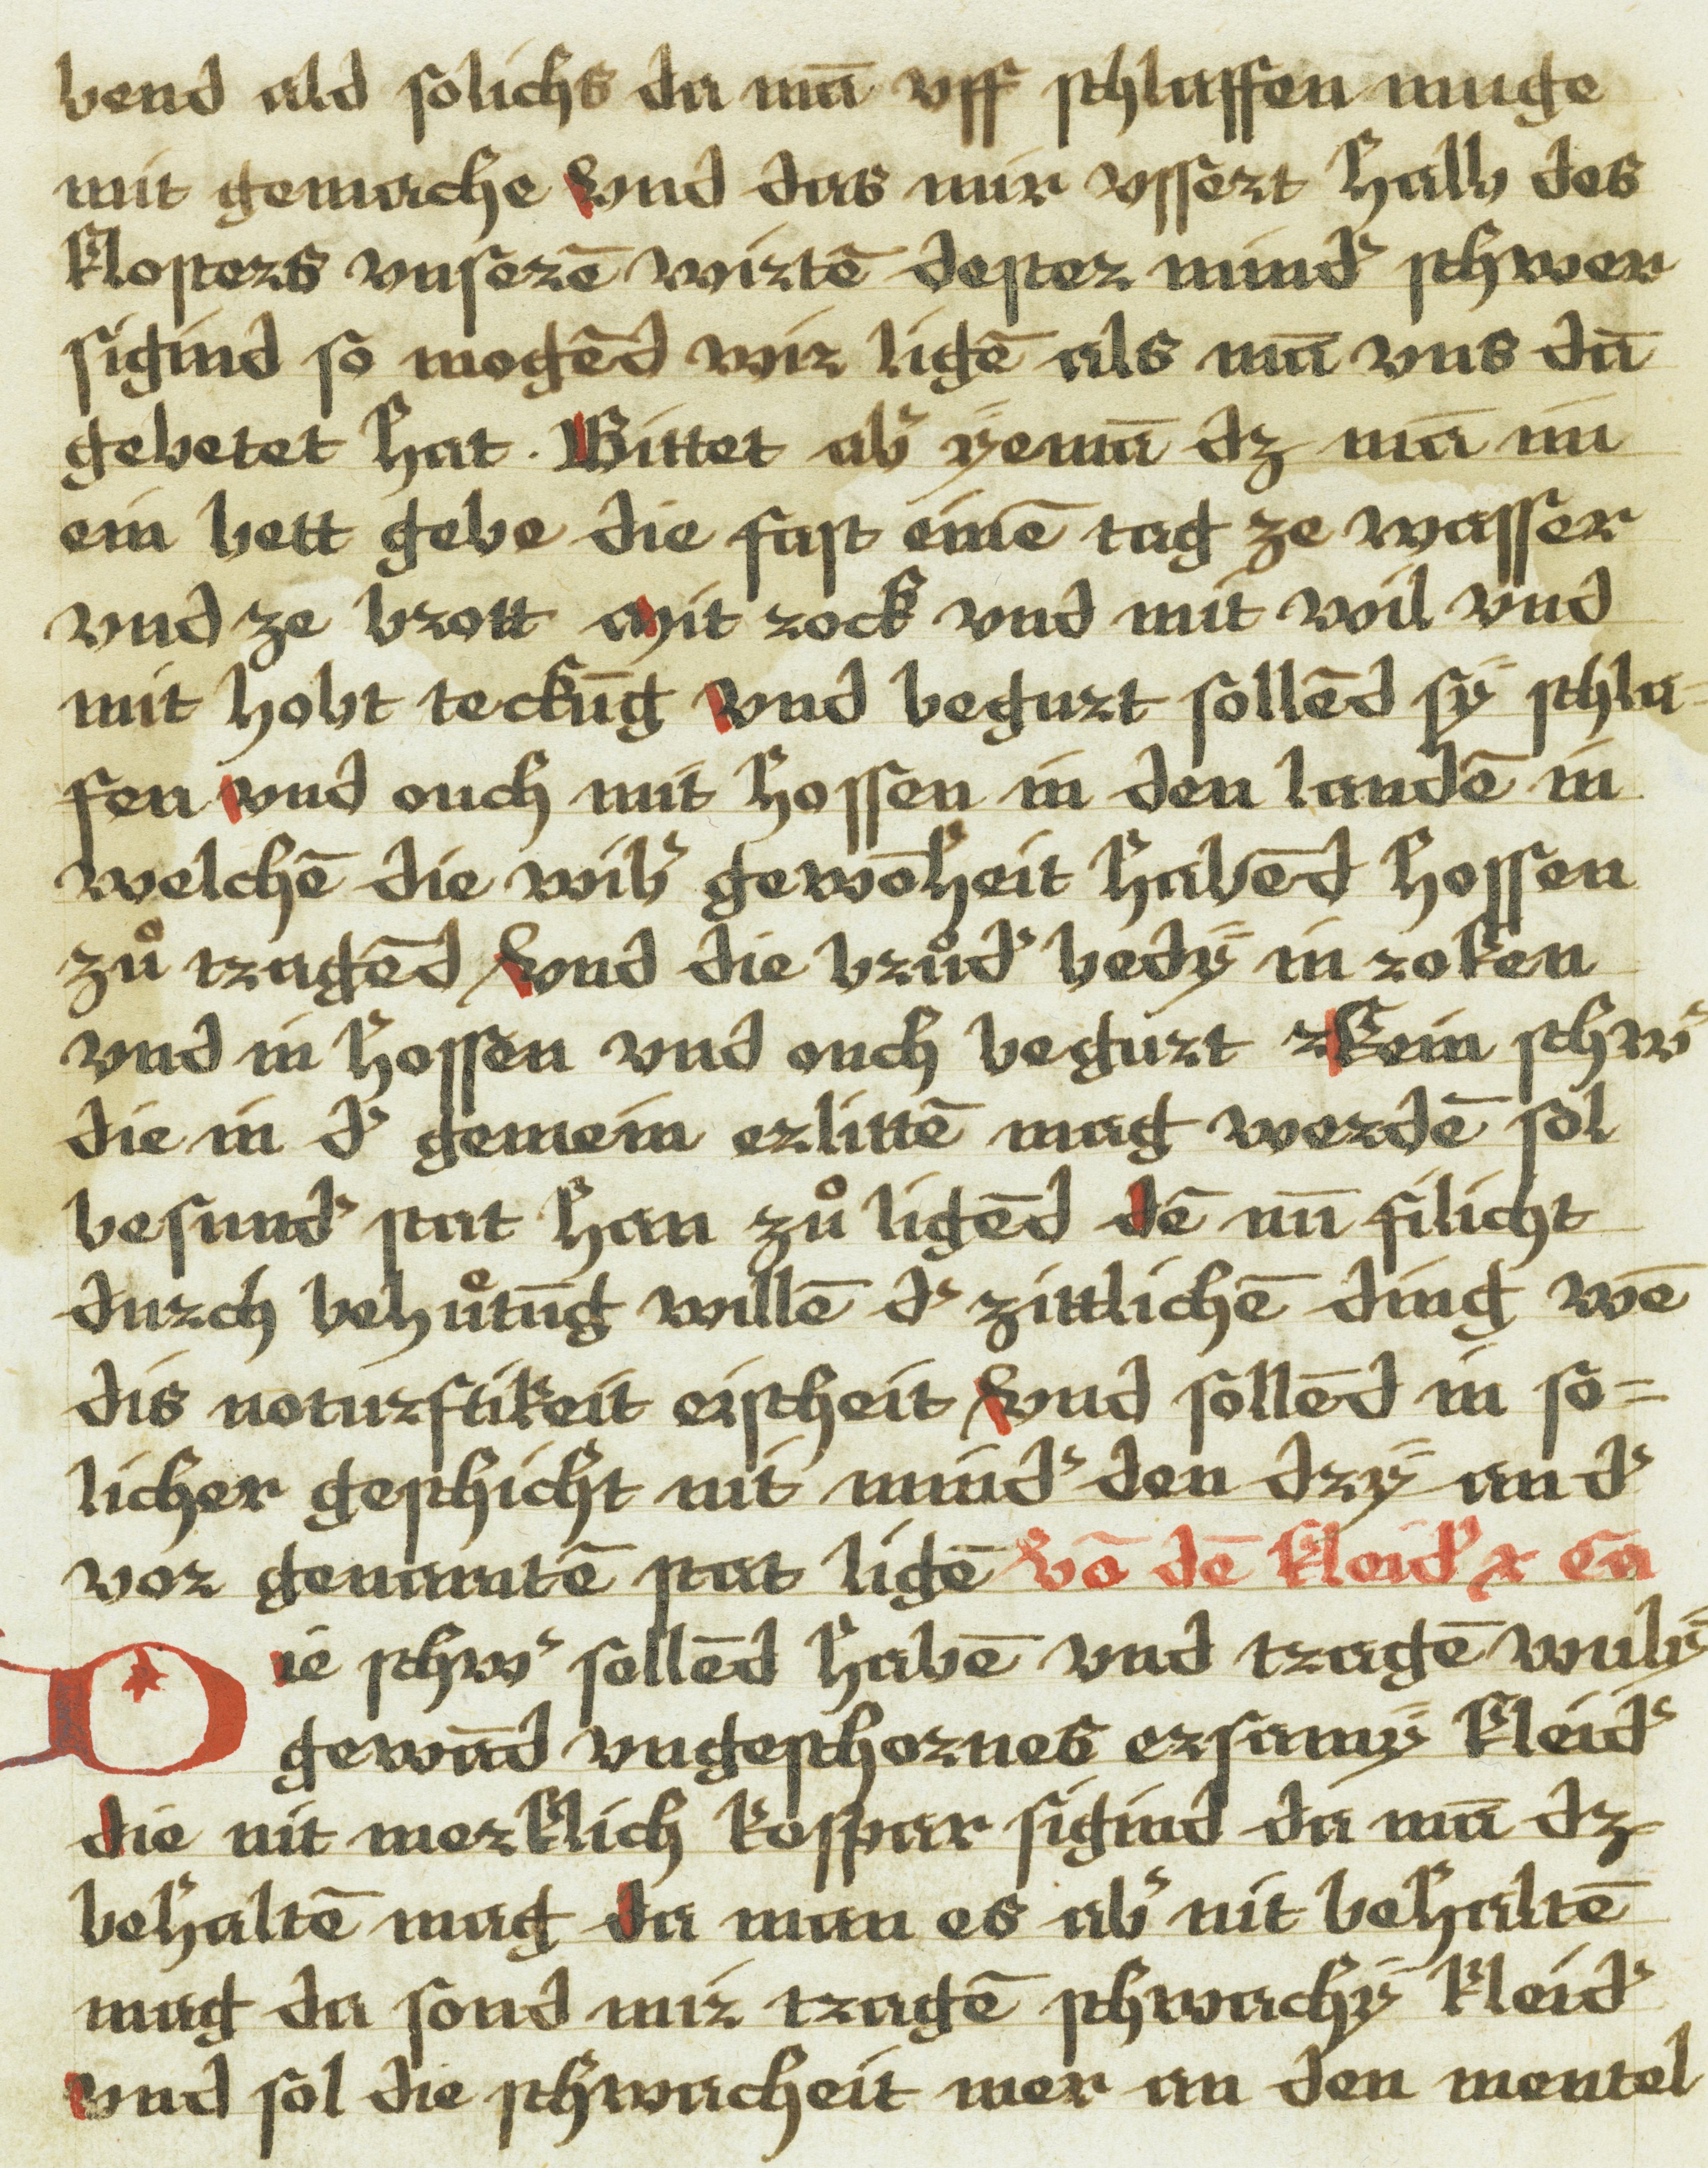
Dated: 1543–1543